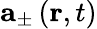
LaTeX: \mathbf{a}_{\pm}\left(\mathbf{r},t\right)